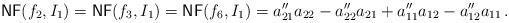
LaTeX: \begin{align*} \mathsf{NF}(f_2,I_1)= \mathsf{NF}(f_3,I_1)= \mathsf{NF}(f_6,I_1)= a_{21}''a_{22}-a_{22}''a_{21}+a_{11}''a_{12}-a_{12}''a_{11}\,.\end{align*}